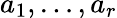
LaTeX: a_{1},\ldots,a_{r}